Report of the King Institute of Preventive Medicine, Guindy
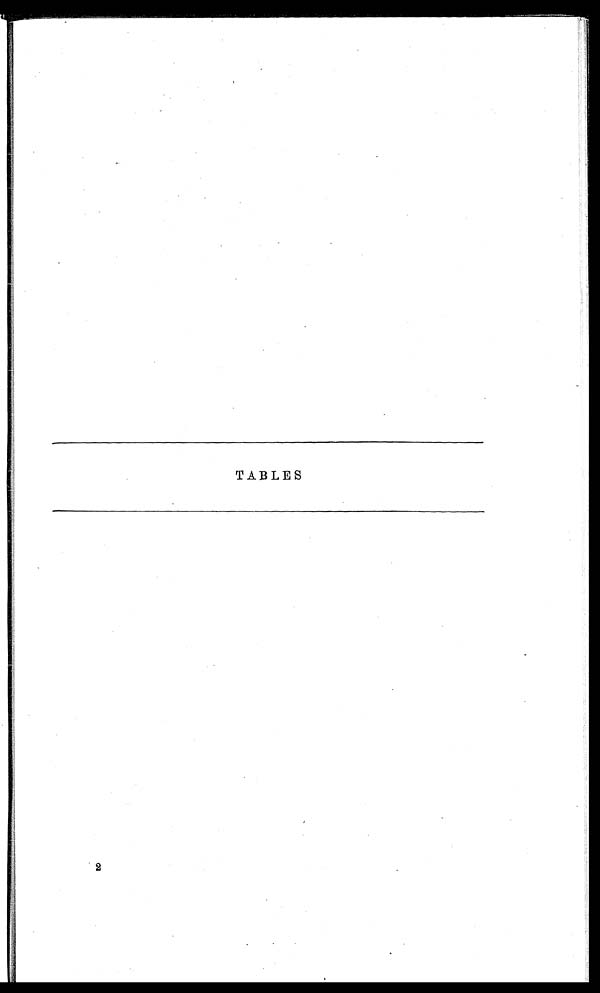
TABLES
2